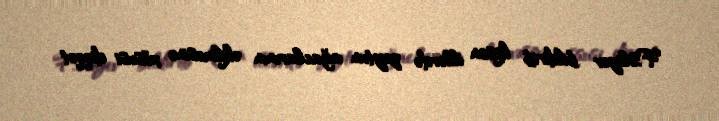
F.Əliyev bildirib ki,son illərdə zeytun ağaclarının əkilməsinə xüsusi diqqət